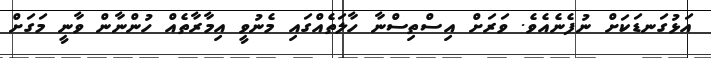
އަޅުގަނޑަކަށް ނުފެނެއެވެ. ވަރަށް އިސްތިސްނާ ހާލަތެއްގައި މެނުވީ އިމާރާތެއް ހުންނާން ވާނީ މަގަށް